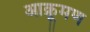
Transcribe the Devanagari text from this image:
आक्रूमण